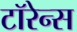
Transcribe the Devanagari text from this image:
टॉरेन्स